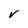
Character: V